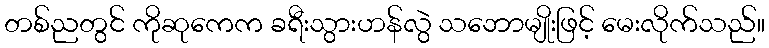
တစ်ညတွင် ကိုဆုကေက ခရီးသွားဟန်လွဲ သဘောမျိုးဖြင့် မေးလိုက်သည်။